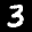
Label: 3